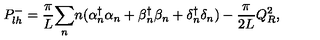
P _ { l h } ^ { - } = { \frac { \pi } { L } } { \sum _ { n } } n ( \alpha { _ n ^ { \dagger } } \alpha _ { n } + \beta { _ n ^ { \dagger } } \beta _ { n } + \delta { _ n ^ { \dagger } } \delta _ { n } ) - { \frac { \pi } { 2 L } } Q _ { R } ^ { 2 } ,